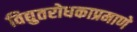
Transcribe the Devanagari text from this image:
विद्युतरोधकाप्रमाणे